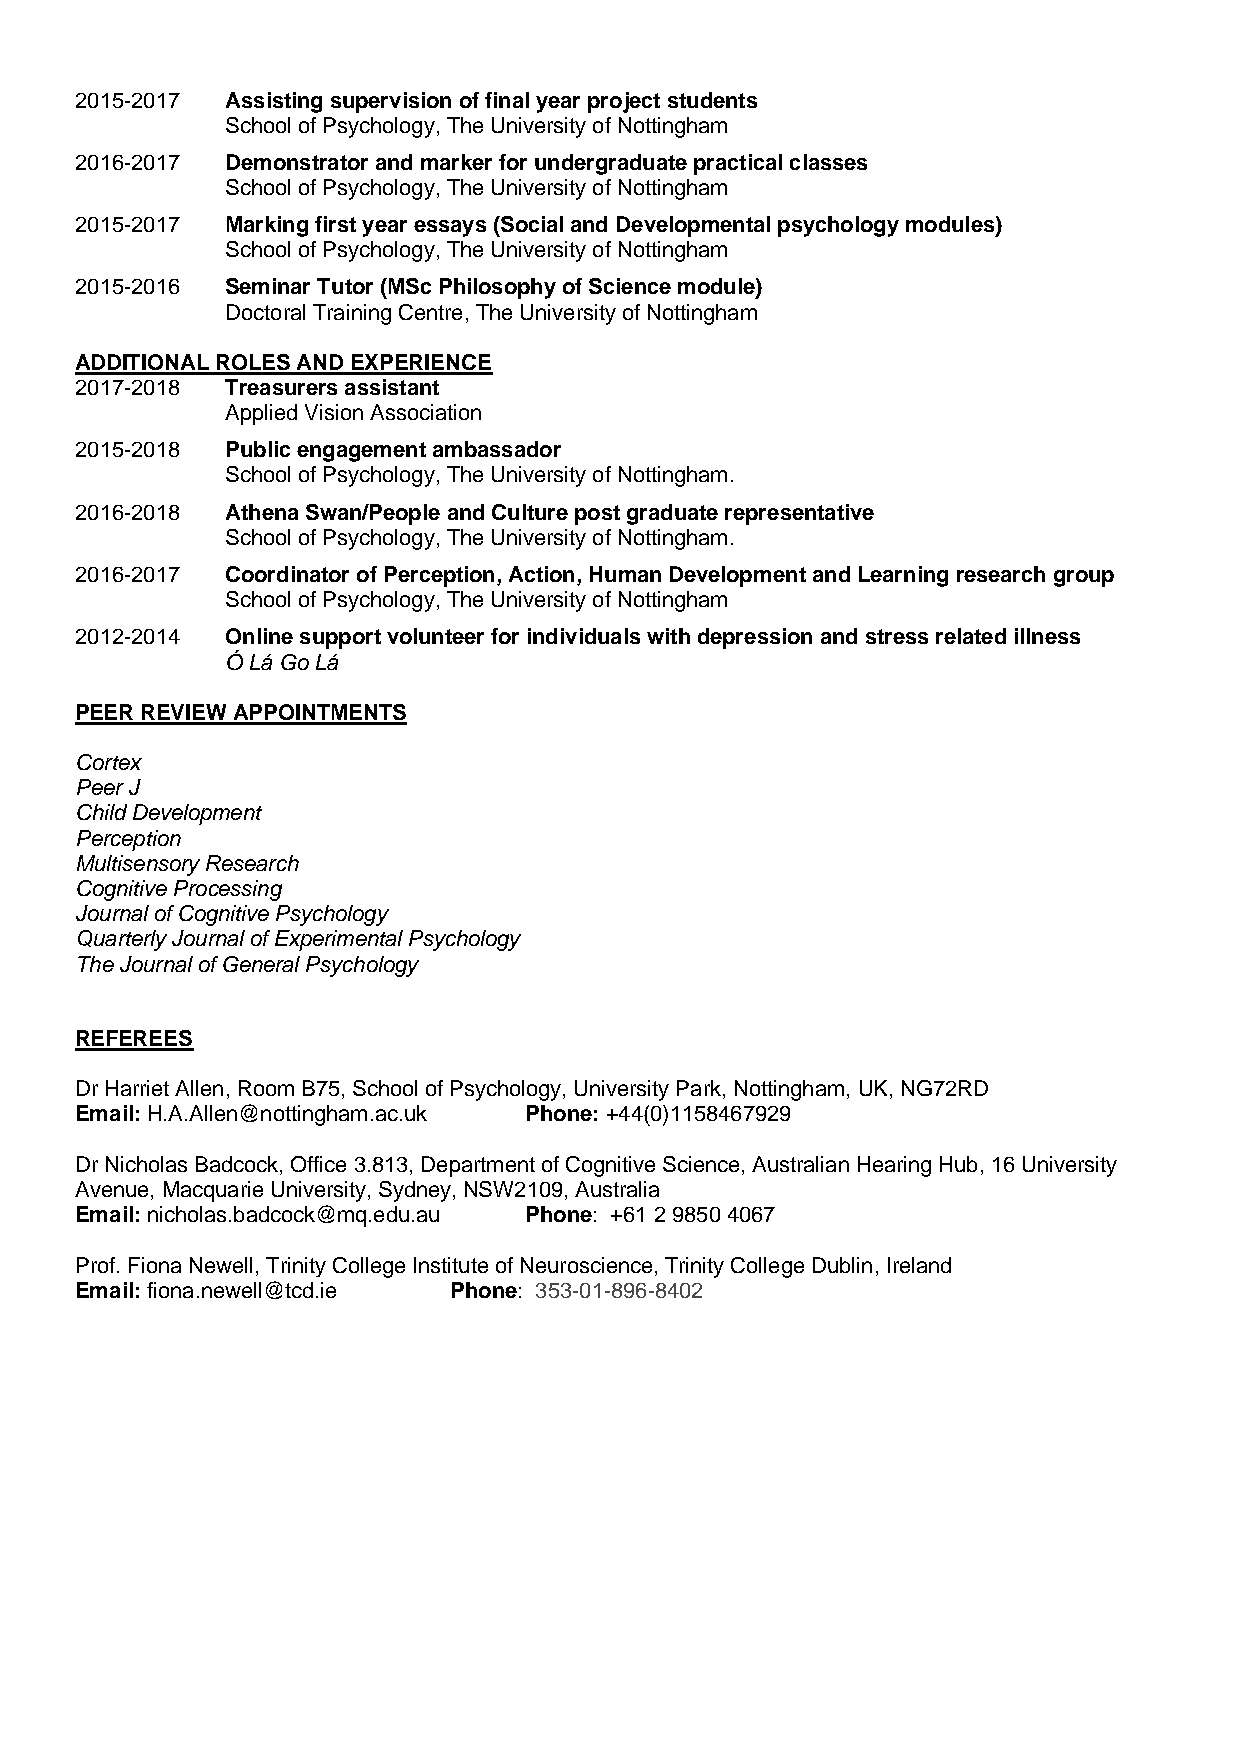
2015-2017 Assisting supervision of final year project students
 School of Psychology, The University of Nottingham
 2016-2017 Demonstrator and marker for undergraduate practical classes
 School of Psychology, The University of Nottingham
 2015-2017 Marking first year essays (Social and Developmental psychology modules)
 School of Psychology, The University of Nottingham
 2015-2016 Seminar Tutor (MSc Philosophy of Science module)
 Doctoral Training Centre, The University of Nottingham
 ADDITIONAL ROLES AND EXPERIENCE
 2017-2018 Treasurers assistant
 Applied Vision Association
 2015-2018 Public engagement ambassador
 School of Psychology, The University of Nottingham.
 2016-2018 Athena Swan/People and Culture post graduate representative
 School of Psychology, The University of Nottingham.
 2016-2017 Coordinator of Perception, Action, Human Development and Learning research group
 School of Psychology, The University of Nottingham
 2012-2014 Online support volunteer for individuals with depression and stress related illness
 Ó Lá Go Lá
 PEER REVIEW APPOINTMENTS
 Cortex
 Peer J
 Child Development
 Perception
 Multisensory Research
 Cognitive Processing
 Journal of Cognitive Psychology
 Quarterly Journal of Experimental Psychology
 The Journal of General Psychology
 REFEREES
 Dr Harriet Allen, Room B75, School of Psychology, University Park, Nottingham, UK, NG72RD
 Email: H.A.Allen@nottingham.ac.uk Phone: +44(0)1158467929
 Dr Nicholas Badcock, Office 3.813, Department of Cognitive Science, Australian Hearing Hub, 16 University
 Avenue, Macquarie University, Sydney, NSW2109, Australia
 Email: nicholas.badcock@mq.edu.au Phone: +61 2 9850 4067
 Prof. Fiona Newell, Trinity College Institute of Neuroscience, Trinity College Dublin, Ireland
 Email: fiona.newell@tcd.ie Phone: 353-01-896-8402